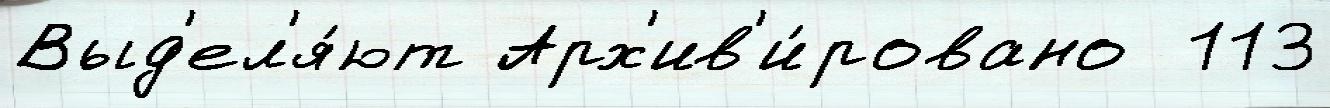
Выд'ел'я́ют Арх'ив'и́ровано  113